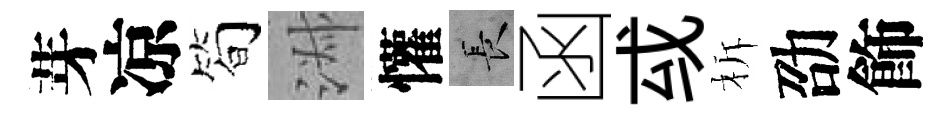
芽凉简淑懽长函㦯柝劭飾